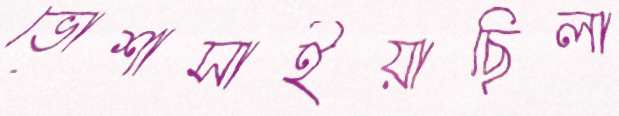
ভোশাসাইয়াছিলা